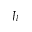
J _ { l }